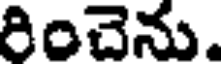
రించెను.